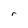
Character: r